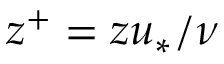
z ^ { + } = z u _ { * } / \nu